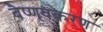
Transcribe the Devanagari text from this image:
वैष्णवकरण